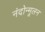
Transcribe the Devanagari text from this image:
नंदोन्मूलन